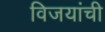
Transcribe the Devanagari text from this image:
विजयांची